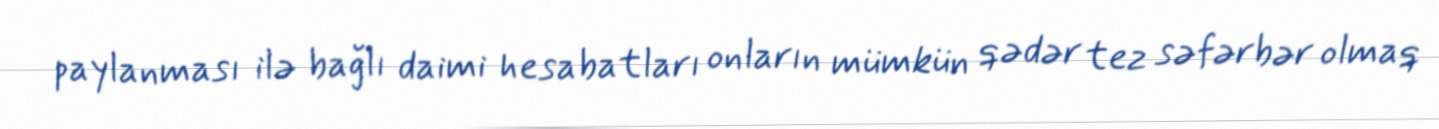
paylanması ilə bağlı daimi hesabatları onların mümkün qədər tez səfərbər olmaq